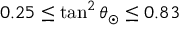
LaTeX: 0 . 2 5 \le \tan ^ { 2 } \theta _ { \odot } \le 0 . 8 3